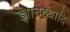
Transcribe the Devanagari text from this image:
ज्ञानदेवादि